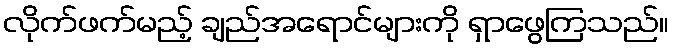
လိုက်ဖက်မည့် ချည်အရောင်များကို ရှာဖွေကြသည်။